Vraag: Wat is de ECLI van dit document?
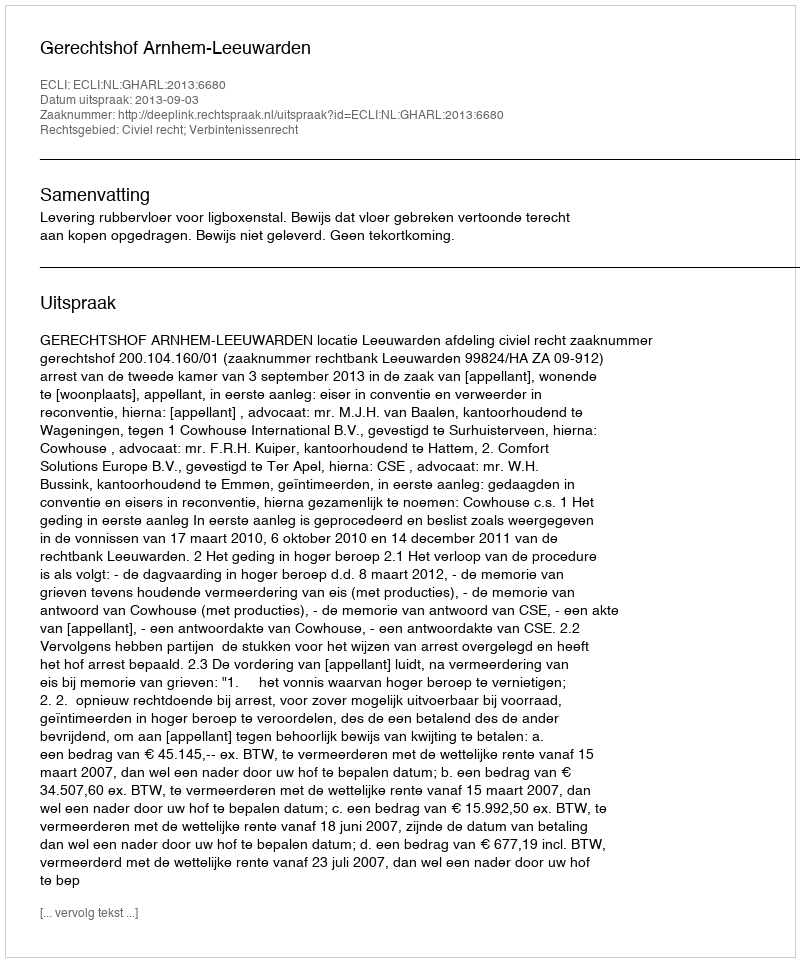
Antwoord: ECLI:NL:GHARL:2013:6680